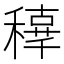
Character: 𥢟